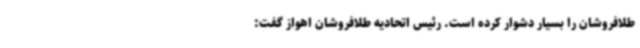
طلافروشان را بسیار دشوار کرده است. رئیس اتحادیه طلافروشان اهواز گفت: